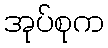
အုပ်စုက